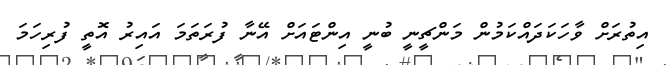
އިތުރަށް ވާހަކަދައްކަމުން މަންޗީނީ ބުނީ އިންޓައަށް އޭނާ ފުރަތަމަ އައިރު އޮތީ ފުރިހަމަ